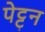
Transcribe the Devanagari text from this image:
पेट्टन